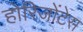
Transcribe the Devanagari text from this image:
होरिजोंटेस